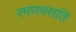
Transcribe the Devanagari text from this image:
रमणवसतिं